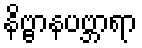
နိဗ္ဗာနပဗ္ဘာရာ